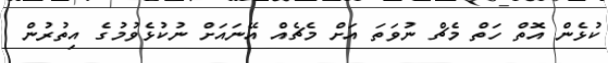
ކުޅެން އޮތް ހަތް މެޗް ނުވަތަ އަށް މެޗެއް އޭނައަށް ނުކުޅެވުމުގެ އިތުރުން